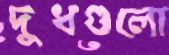
দুধগুলো